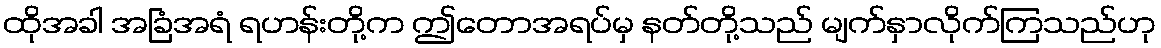
ထိုအခါ အခြံအရံ ရဟန်းတို့က ဤတောအရပ်မှ နတ်တို့သည် မျက်နှာလိုက်ကြသည်ဟု